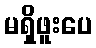
မရှိဖူးပေ